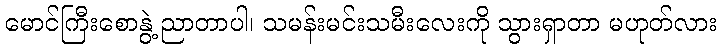
မောင်ကြီးစောနွဲ့ ညာတာပါ၊ သမန်းမင်းသမီးလေးကို သွားရှာတာ မဟုတ်လား